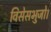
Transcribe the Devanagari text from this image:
विसेसभुजो।